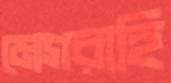
মেগরাহি